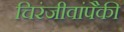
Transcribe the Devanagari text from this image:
चिरंजीवांपैकी